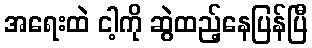
အရေးထဲ ငါ့ကို ဆွဲထည့်နေပြန်ပြီ